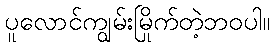
ပူလောင်ကျွမ်းမြိုက်တဲ့ဘဝပါ။